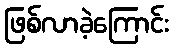
ဖြစ်လာခဲ့ကြောင်း